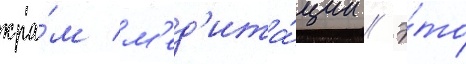
хра́м м'ед'ита́ции // Э́то